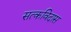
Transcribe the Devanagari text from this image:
सत्कविदास